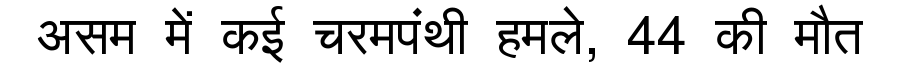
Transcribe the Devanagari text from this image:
असम में कई चरमपंथी हमले, 44 की मौत